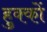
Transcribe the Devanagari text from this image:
हुक्कों